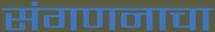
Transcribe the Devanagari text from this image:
संगणनाचा